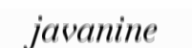
javanine